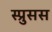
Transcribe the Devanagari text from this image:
स्प्रुसस